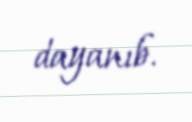
dayanıb.